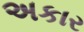
અકાર